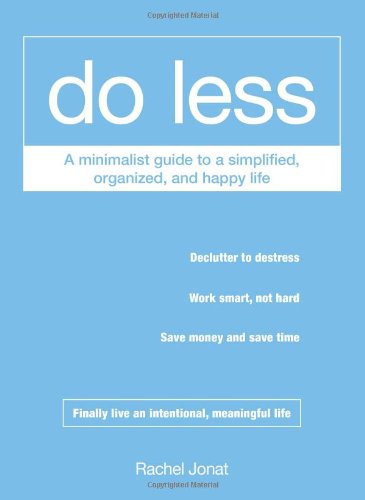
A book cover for Do Less: A Minimalist Guide to a Simplified, Organized, and Happy Life; Rachel Jonat; Health, Fitness & Dieting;